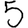
Digit: 5